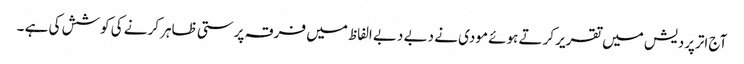
آج اترپردیش میں تقریر کرتے ہوئے مودی نے دبے دبے الفاظ میں فرقہ پرستی ظاہر کرنے کی کوشش کی ہے ۔